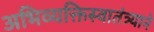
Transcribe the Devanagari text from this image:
अभिव्यक्तिस्वातंत्र्याने